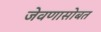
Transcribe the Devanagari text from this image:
जेवणासोबत